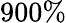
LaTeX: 900\%